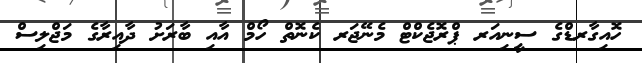
ހޮއިގާރޑްގެ ސީނިއަރ ޕްރޮޖެކްޓް މެނޭޖަރ ކެނޮތް ހޯމް އާއި ބާރަށު ދާއިރާގެ މަޖްލިސް